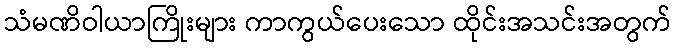
သံမဏိဝါယာကြိုးများ ကာကွယ်ပေးသော ထိုင်းအသင်းအတွက်